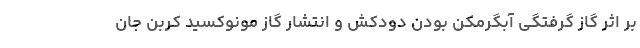
بر اثر گاز گرفتگی آبگرمکن بودن دودکش و انتشار گاز مونوکسید کربن جان